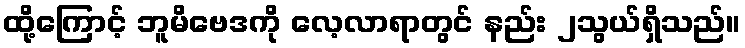
ထို့ကြောင့် ဘူမိဗေဒကို လေ့လာရာတွင် နည်း ၂သွယ်ရှိသည်။